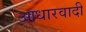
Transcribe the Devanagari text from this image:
आधारवादी